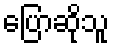
ပြောဆိုသူ